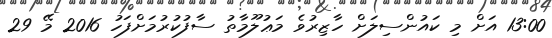
13:00 އަށް މި ކައުންސިލަށް ހާޒިރުވެ މަޢުލޫމާތު ސާފުކުރުމަށްފަހު 2016 މޭ 29